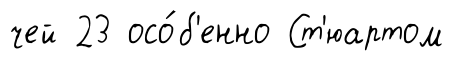
чей 23 осо́б'енно Ст'юартом